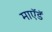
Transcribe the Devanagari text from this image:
माऍडॅ